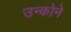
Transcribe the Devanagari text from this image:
उन्कोने